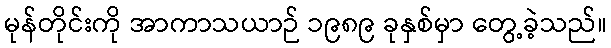
မုန်တိုင်းကို အာကာသယာဉ် ၁၉၈၉ ခုနှစ်မှာ တွေ့ခဲ့သည်။